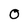
Character: o